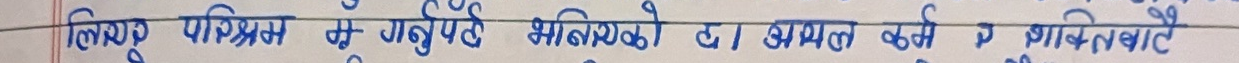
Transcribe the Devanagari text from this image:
लिएको परिश्रमले गर्दा धेरै भिन्नताहरु द्वारा सफल बन्ने र शक्ति दिनेछौं।